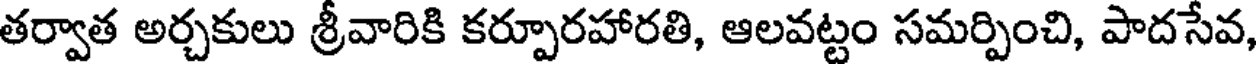
తర్వాత అర్చకులు శ్రీవారికి కర్పూరహారతి, ఆలవట్టం సమర్పించి, పాదసేవ,